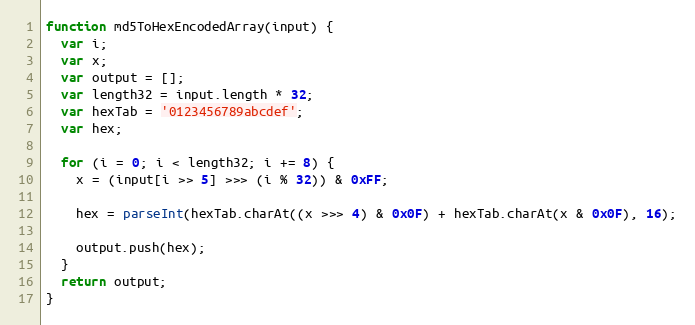
Language: JavaScript
function md5ToHexEncodedArray(input) {
  var i;
  var x;
  var output = [];
  var length32 = input.length * 32;
  var hexTab = '0123456789abcdef';
  var hex;

  for (i = 0; i < length32; i += 8) {
    x = (input[i >> 5] >>> (i % 32)) & 0xFF;

    hex = parseInt(hexTab.charAt((x >>> 4) & 0x0F) + hexTab.charAt(x & 0x0F), 16);

    output.push(hex);
  }
  return output;
}